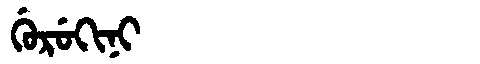
Manchu: ᡤᡠᡵᡠᡴᡳᠨᡳ
Romanization: GURUKINI